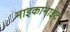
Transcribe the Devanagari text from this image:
माइकानाइट